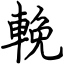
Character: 輓